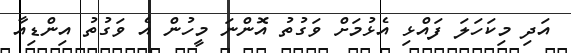
އަދި މިކަހަލަ ފައްޅި އެޅުމަށް ވަގުތު އޮންނަ މީހުން އެ ވަގުތު އިންޑިއާ